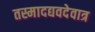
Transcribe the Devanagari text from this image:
तस्मादद्यवदेवात्र